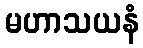
မဟာသယနံ